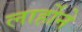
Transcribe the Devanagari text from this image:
लार्होने